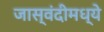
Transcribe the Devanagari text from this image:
जास्वंदीमध्ये